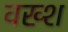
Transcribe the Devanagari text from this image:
वख्श